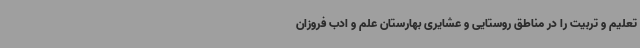
تعلیم و تربیت را در مناطق روستایی و عشایری بهارستان علم و ادب فروزان